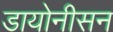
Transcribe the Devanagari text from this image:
डायोनीसन